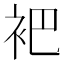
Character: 𬡊